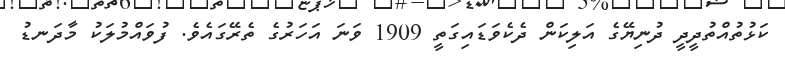
ކަޅުތުއްތުދީދީ ދުނިޔޭގެ އަލިކަން ދެކެވަޑައިގަތީ 1909 ވަނަ އަހަރުގެ ތެރޭގައެވެ. ފުވައްމުލަކު މާދަނޑު